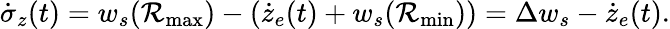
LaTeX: \dot{\sigma}_{z}(t)=w_{s}(\mathcal{R}_{\textrm{max}})-(\dot{z}_{e}(t)+w_{s}(\mathcal{R}_{\textrm{min}}))=\Delta w_{s}-\dot{z}_{e}(t).